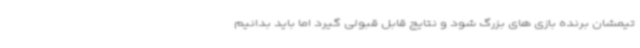
تیمشان برنده بازی های بزرگ شود و نتایج قابل قبولی گیرد اما باید بدانیم